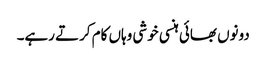
دونوں بھائی ہنسی خوشی وہاں کام کرتے رہے۔